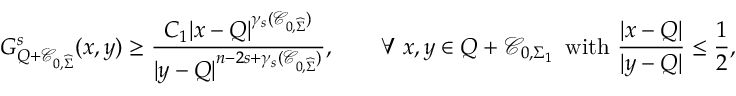
G _ { Q + \mathcal C _ { 0 , \widehat \Sigma } } ^ { s } ( x , y ) \geq \frac { C _ { 1 } | x - Q | ^ { \gamma _ { s } ( \mathcal { C } _ { 0 , \widehat \Sigma } ) } } { | y - Q | ^ { n - 2 s + \gamma _ { s } ( \mathcal { C } _ { 0 , \widehat \Sigma } ) } } , \qquad \forall \, \, x , y \in Q + \mathcal { C } _ { 0 , \Sigma _ { 1 } } \, \, \, \mathrm { w i t h } \, \, \frac { | x - Q | } { | y - Q | } \leq \frac { 1 } { 2 } ,